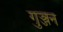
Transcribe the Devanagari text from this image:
गुञ्जन